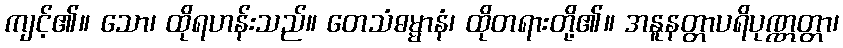
ကျင့်၏။ သော၊ ထိုရဟန်းသည်။ တေသံဓမ္မာနံ၊ ထိုတရားတို့၏။ အနူနတ္တာပရိပုဏ္ဏတ္တာ၊